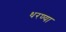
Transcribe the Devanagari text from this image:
धरण्या